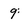
Character: 9